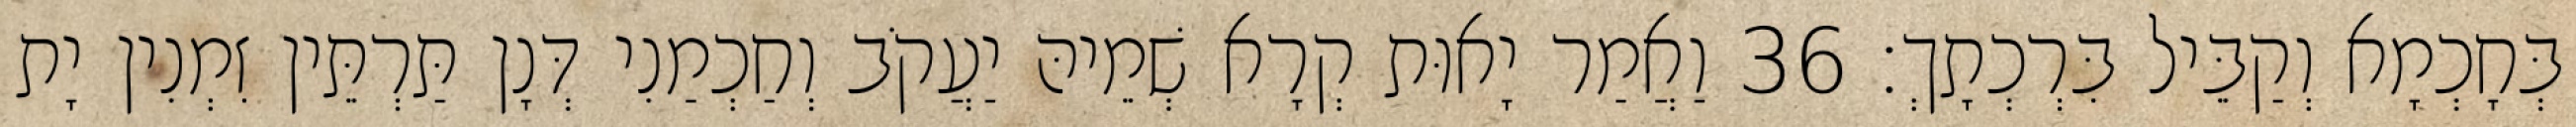
בְּחָכְמָא וְקַבֵּיל בִּרְכְתָךְ׃ 36 וַאֲמַר יָאוּת קְרָא שְׁמֵיהּ יַעֲקֹב וְחַכְמַנִי דְּנָן תַּרְתֵּין זִמְנִין יָת